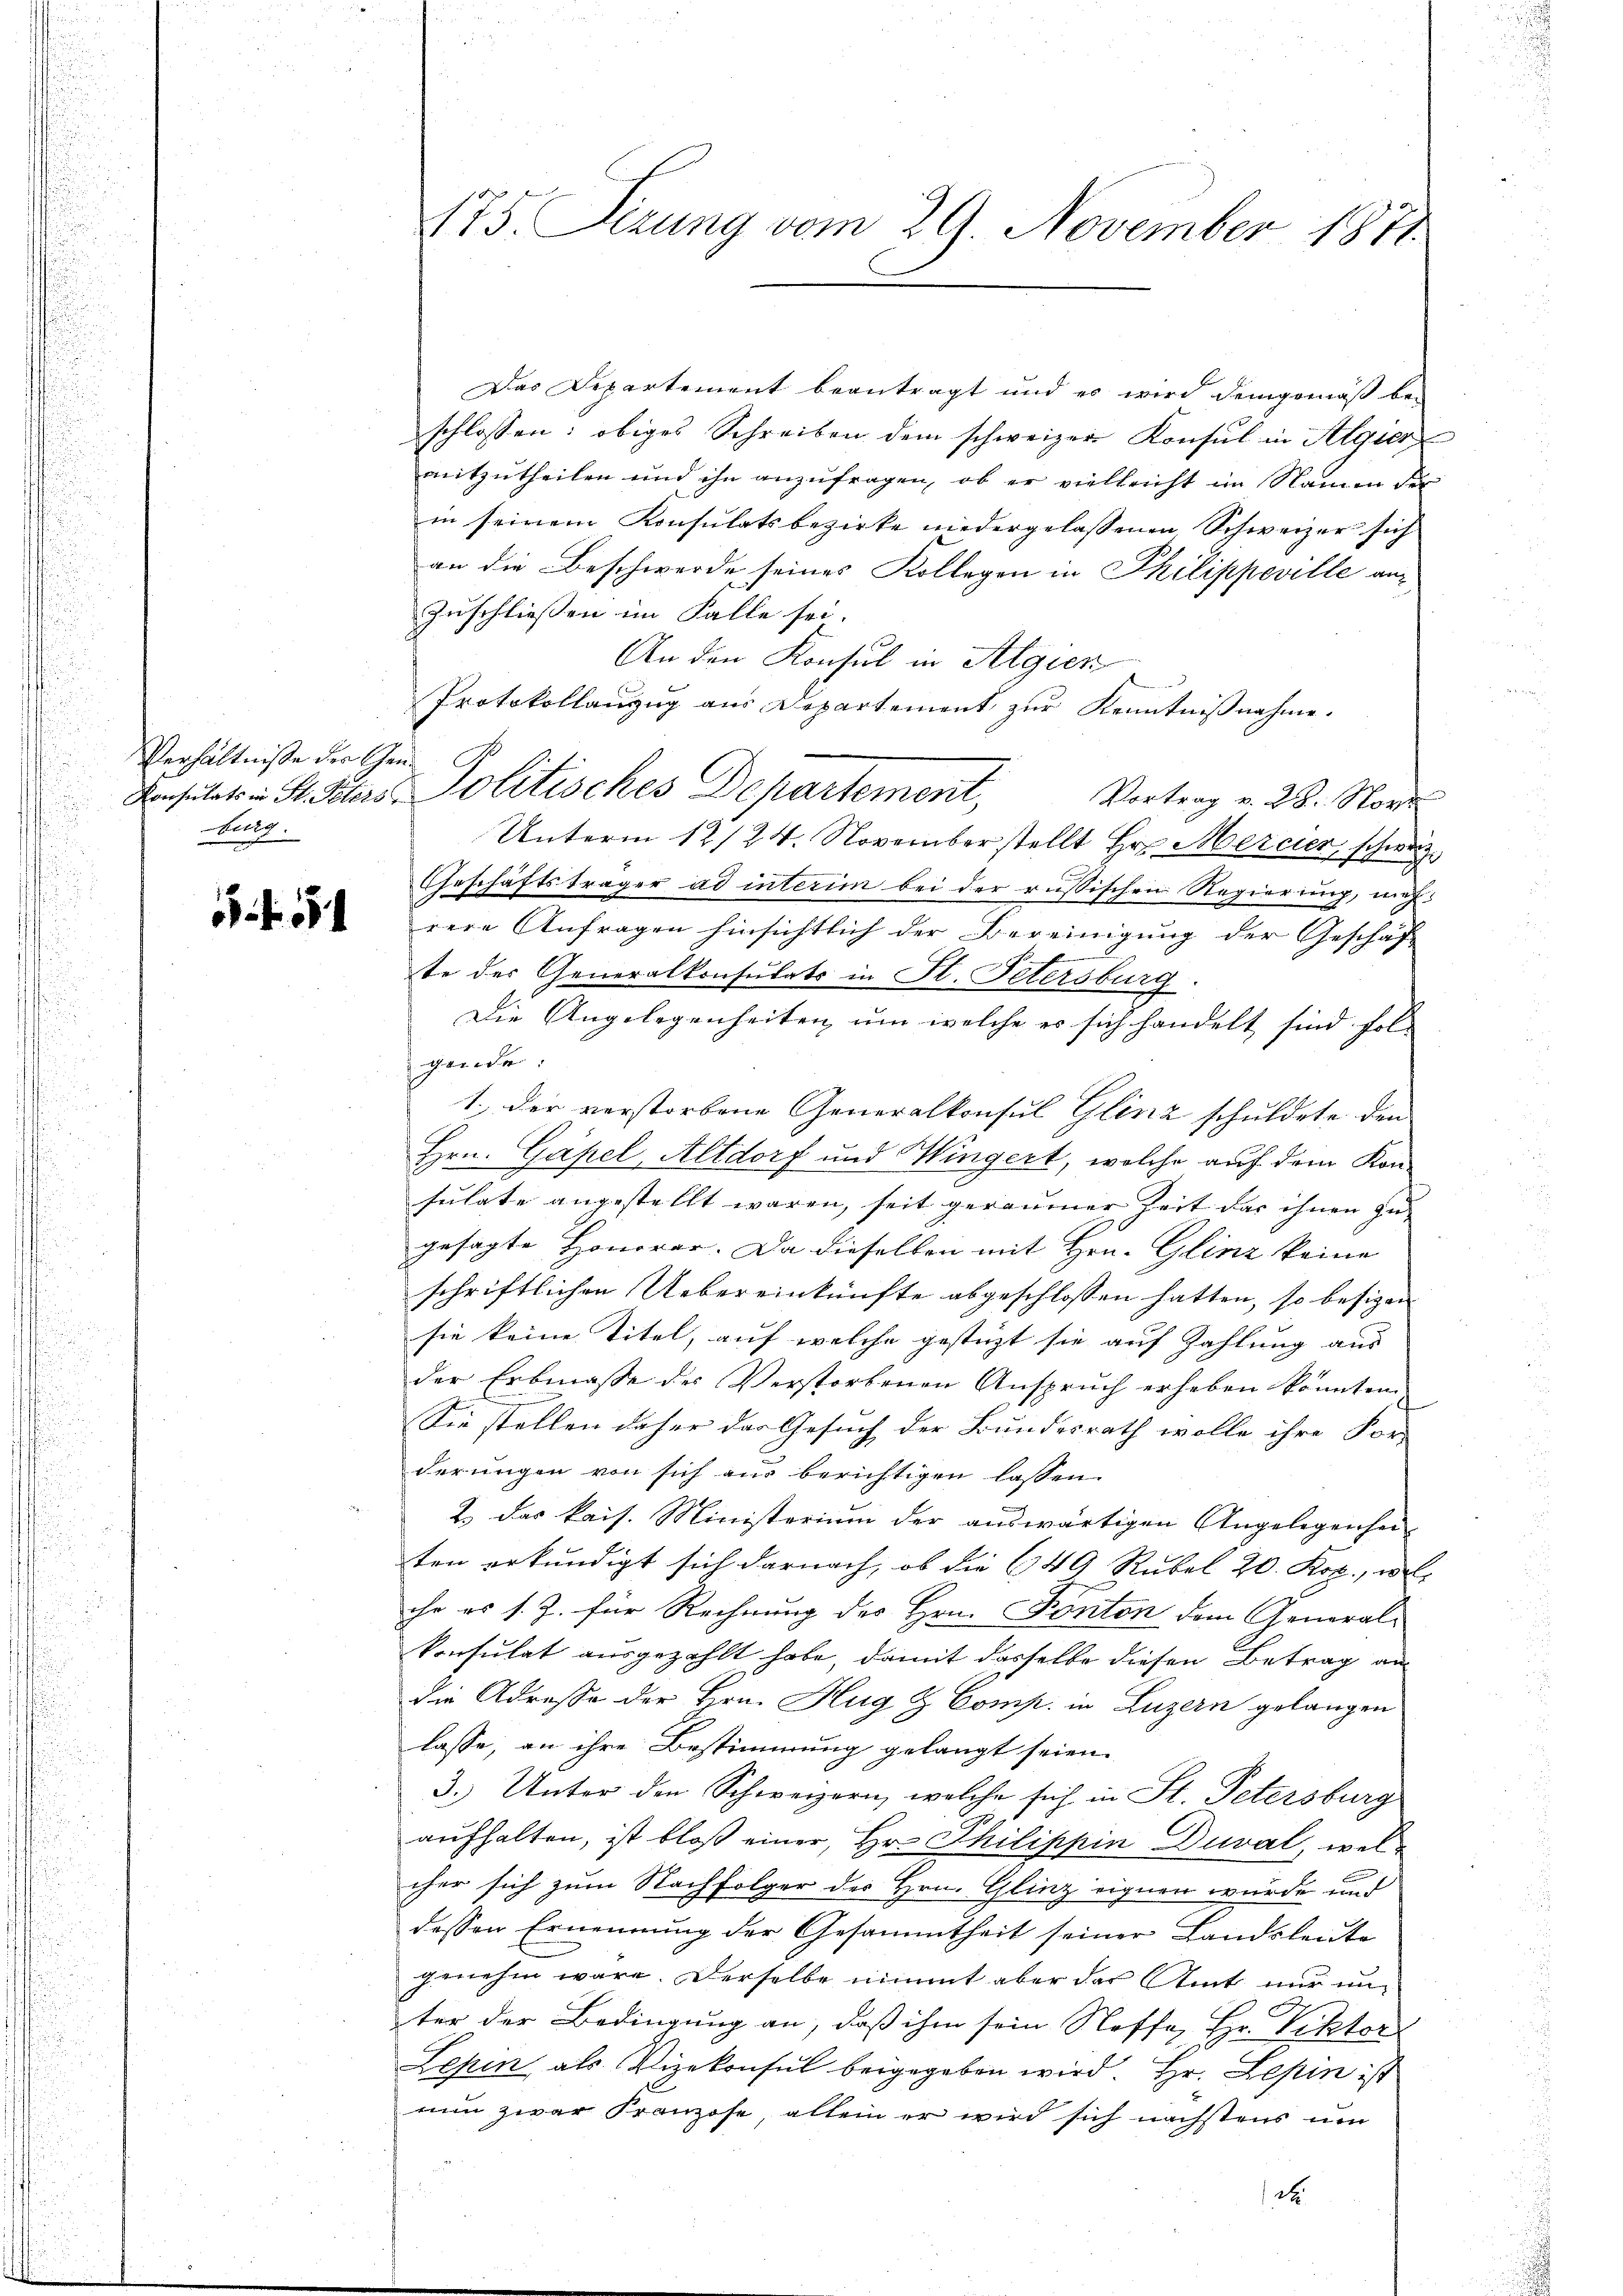
Verhältniße der Gene
burg.

551

Das Departement beantragt und es wird demgemäß be-
schlossen: obiges Schreiben dem schweizer Konsul in Algier
mitzutheilen und ihn anzufragen, ob er vielleicht im Namen der
in seinem Konsulatsbezirke niedergelassenen Schweizer sich
an die Beschwerde seines Kollegen in Philippeville an¬
Zuschliessen im Falle sei.
An den Konsul in Algien

Protokollanzug aus Departement zŭr Kenntniβnahme.
Vortrag v. 28. Nove
Unterm 12/24. November stellt Hr. Mercier, schweiz
Geschäftsträger ad interim bei der russischen Regierung, machrere Anfragen hinsichtlich der Bereinigung der Geschäf-
te der Generalkonsulats in Fl. Petersburg
Die Angelegenheiten, um welche er sich handelt sind folgende:
1.) Der verstorbene Generalkonsul Glinz schuldete den
Hrn. Gapel, Altdorf und Hingert, welche auf dem Konsulate angestellt waren, seit geraumer Zeit das ihnen zu-
gesagte Honorar. Da dieselben mit Hrn. Glinz keine
schriftlichen Uebereinkünfte abgeschlossen hatten, so besizen |
sie keine Titel, auf welche gestüzt sie auf Zahlung aus
der Erbmasse des Verstorbenen Anspruch erheben könnten.
Sie stellen daher das Gesuch der Bundesrath wolle ihre For-
derungen von sich aus berichtigen lassen.
2.) Das kais. Ministerium der auswärtigen Angelegenheiten erkundigt sich darnach, ob die 649 Rubel 20. Kop., w
che es s. Z. für Rechnung des Hrn. Ponton dem General-
konsulat ausgezahlt habe, damit dasselbe diesen Betrag an
die Adresso der Hrn. Hug & Comp. in Luzern gelangen
lasse, an ihre Bestimmung gelangt seien.
3. Unter den Schweizern, welche sich in St. Petersburg
aufhalten, ist bloß einer, Hr. Philippin Duval, welcher sich zum Nachfolger der Hrn. Glinz eignen wurde und
dessen Ernennung der Gesammtheit seiner Landsleute
genehm wäre. Derselbe nimmt aber das Amt nur unter der Bedingung an, daß ihm sein Stoffe, Hr. Viktor
Lepin als Vizekonsul beigegeben wird Hr. Lepin ist
nun zwar Franzose, allein er wird sich nächstens um
d

175. Sizung vom 29. November 1871.

Konsulats in St. Peters politisches Departement,